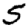
Digit: 5